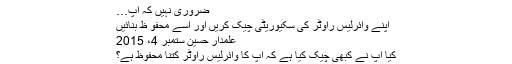
ضروری نہیں کہ آپ…
اپنے وائرلیس راؤٹر کی سکیوریٹی چیک کریں اور اسے محفو ظ بنائیں
علمدار حسین ستمبر 4، 2015
کیا آپ نے کبھی چیک کیا ہے کہ آپ کا وائرلیس راؤٹر کتنا محفوظ ہے؟